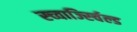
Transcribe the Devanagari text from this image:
स्च्वार्ज्स्चिल्ड